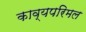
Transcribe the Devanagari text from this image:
काव्यपरिमल